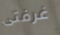
غرفتى